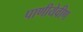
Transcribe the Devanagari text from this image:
पाणीयेवीण